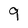
Character: 9